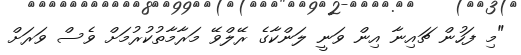
"މި ފަހުން ޗައިނާ އިން ވަނީ ލަންކާގެ ރޭލްވޭ މަރާމާތުކުރުމަށް ވެސް ވަރަށް